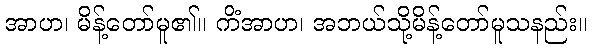
အာဟ၊ မိန့်တော်မူ၏။ ကိံအာဟ၊ အဘယ်သို့မိန့်တော်မူသနည်း။